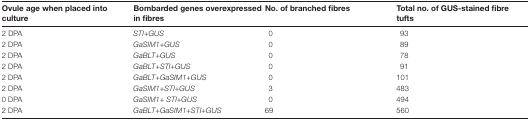
| Ovule age when placed into culture | Bombarded genes overexpressed in fibres | No. of branched fibres | Total no. of GUS-stained fibre tufts |
 | --- | --- | --- | --- |
 | 2 DPA | STI+GUS | 0 | 93 |
 | 2 DPA | GaSIM1+GUS | 0 | 89 |
 | 2 DPA | GaBLT+GUS | 0 | 78 |
 | 2 DPA | GaBLT+STI+GUS | 0 | 91 |
 | 2 DPA | GaBLT+GaSIM1+GUS | 0 | 101 |
 | 2 DPA | GaSIM1+STI+GUS | 3 | 483 |
 | 0 DPA | GaSIM1+ STI+GUS | 0 | 494 |
 | 2 DPA | GaBLT+GaSIM1+STI+GUS | 69 | 560 |